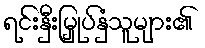
ရင်းနှီးမြှုပ်နှံသူများ၏